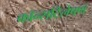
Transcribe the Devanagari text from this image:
कॉन्सटिलेषण